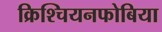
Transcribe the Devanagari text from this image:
क्रिश्चियनफोबिया